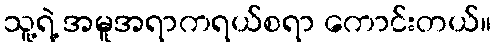
သူ့ရဲ့ အမူအရာကရယ်စရာ ကောင်းတယ်။